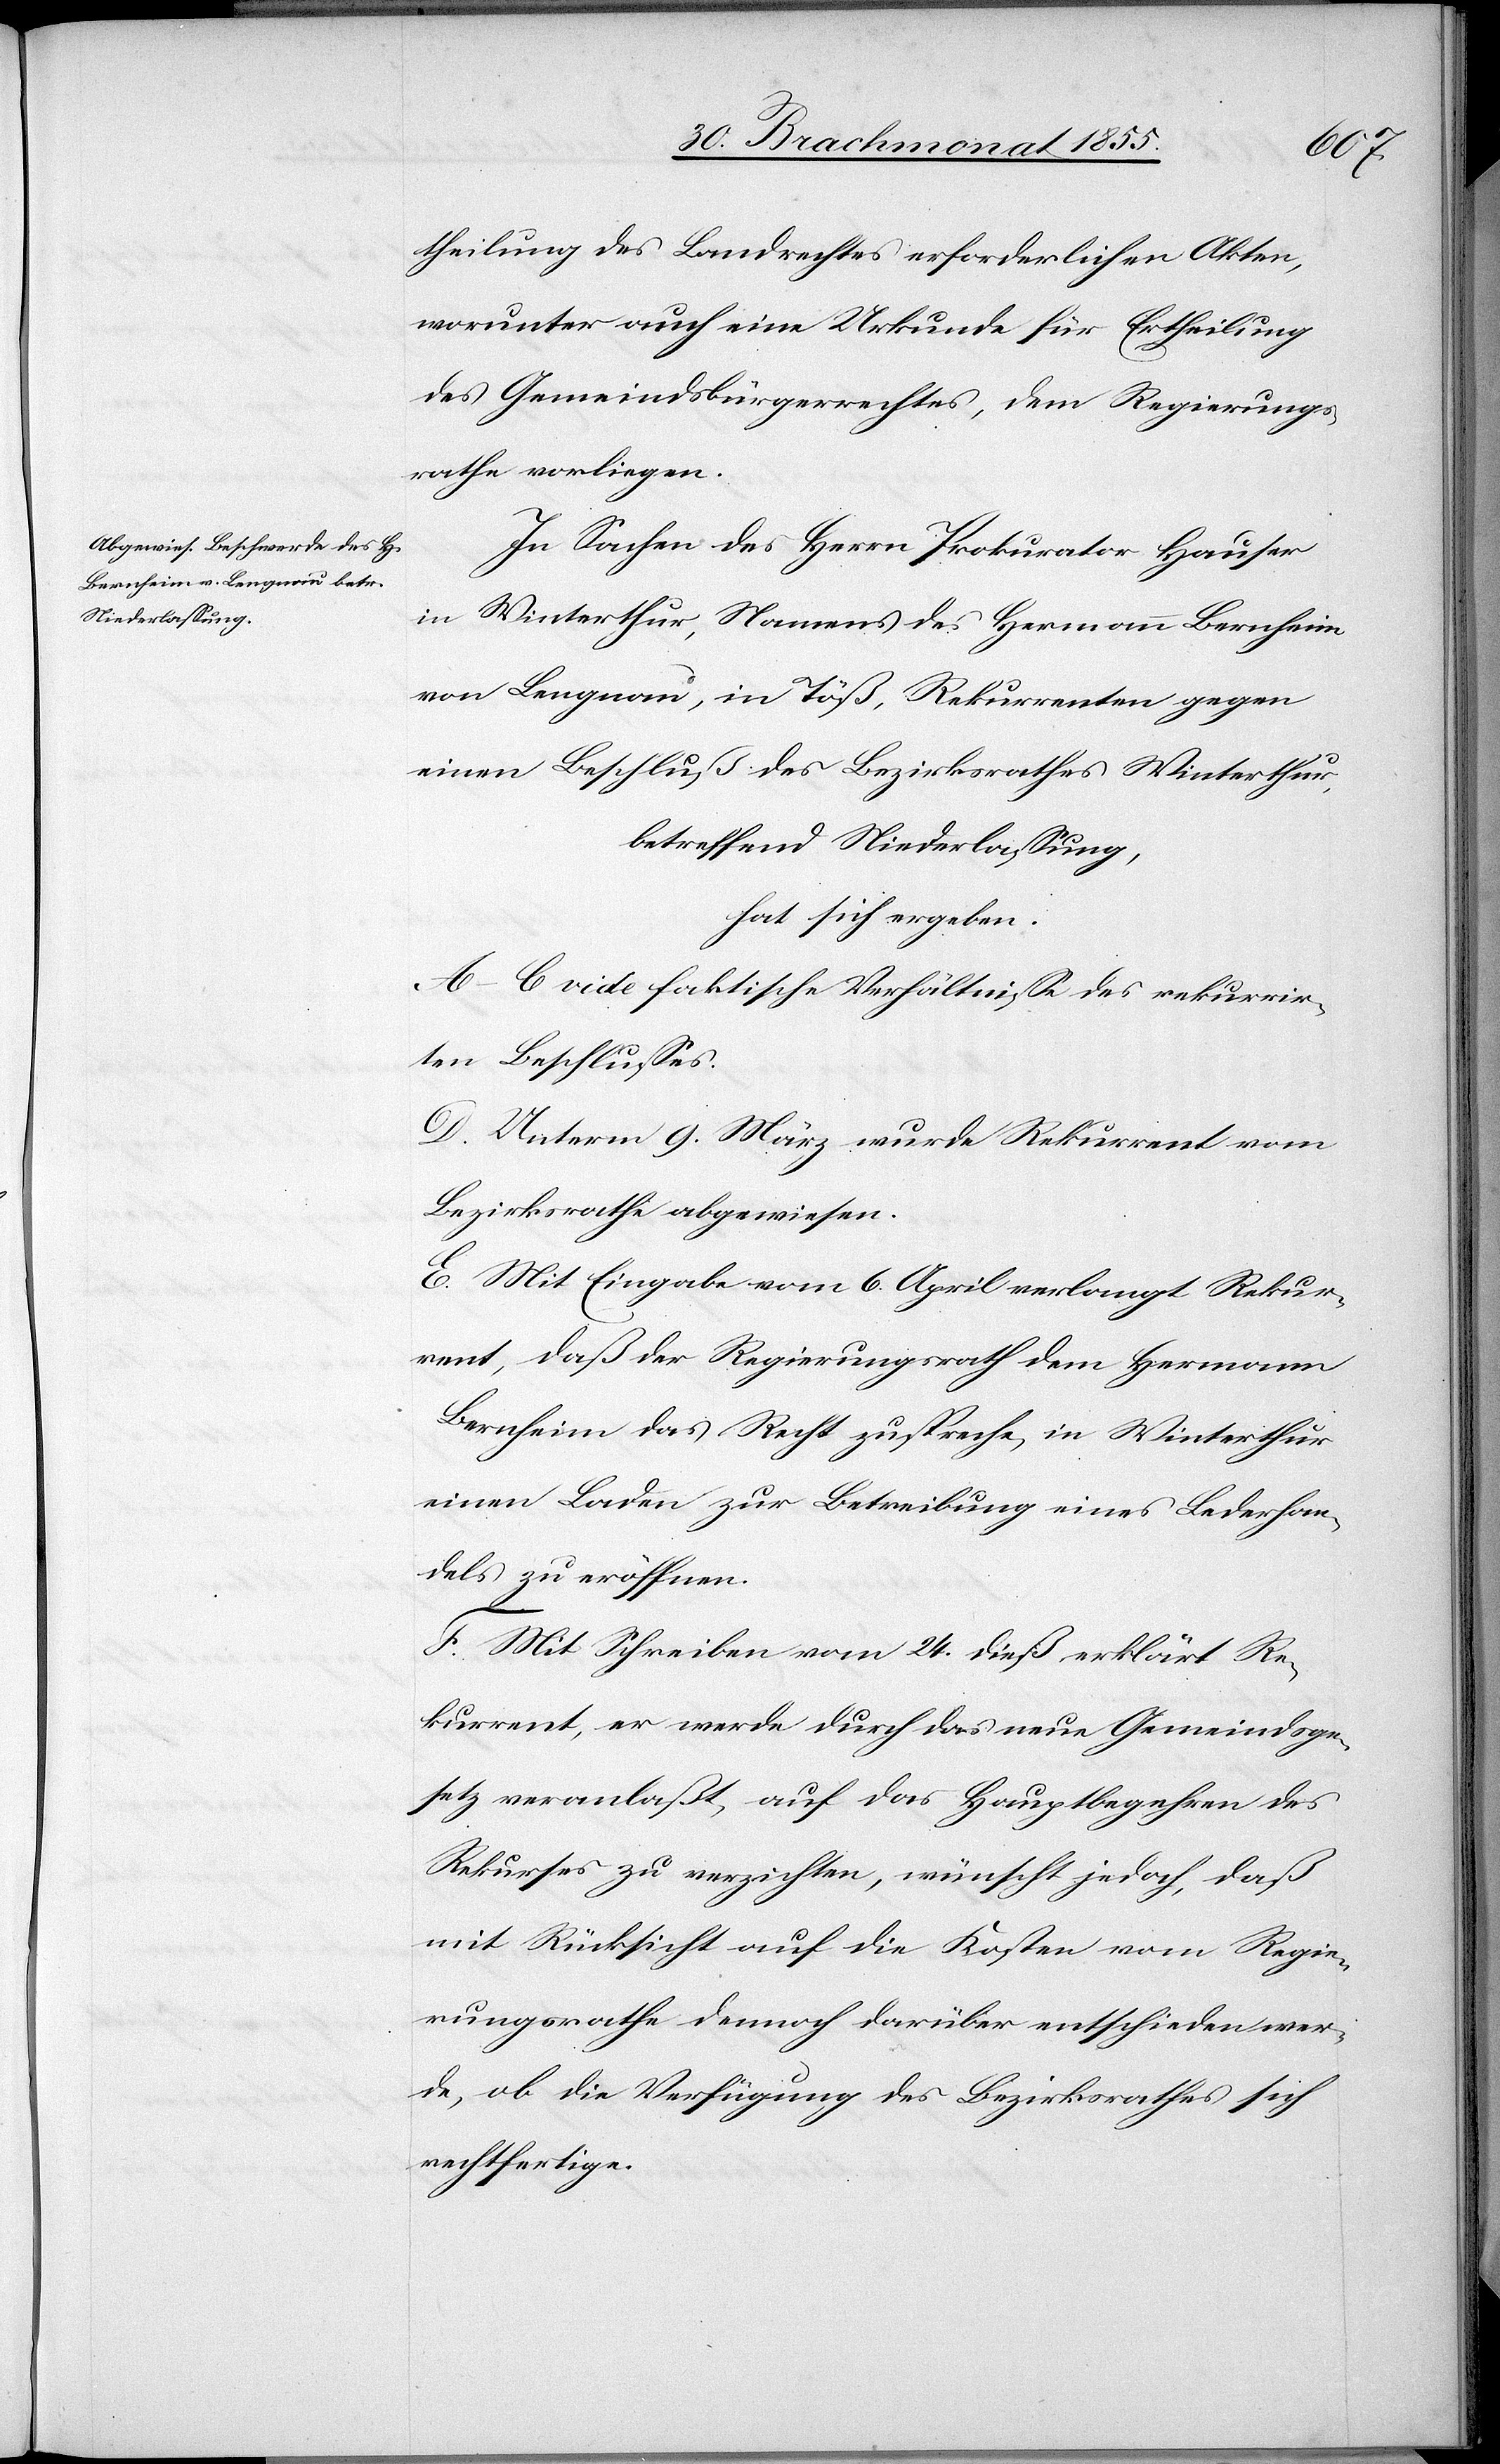
theilung des Landrechtes erforderlichen Akten,
worunter auch eine Urkunde für Ertheilung
des Gemeindsbürgerrechtes, dem Regierungs¬
rathe vorliegen.
In Sachen des Herrn Prokurator Hauser
in Winterthur, Namens des Hermann Bernheim
von Lengnau, in Töß, Rekurrenten gegen
einen Beschluß des Bezirksrathes Winterthur,
betreffend Niederlassung,
hat sich ergeben:
A–C vide faktische Verhältnisse des rekurrir¬
ten Beschlusses.
D. Unterm 9. März wurde Rekurrent vom
Bezirksrathe abgewiesen.
E. Mit Eingabe vom 6. April verlangt Rekur¬
rent, daß der Regierungsrath dem Hermann
Bernheim das Recht zuspreche, in Winterthur
einen Laden zur Betreibung eines Lederhan¬
dels zu eröffnen.
F. Mit Schreiben vom 24. dieß erklärt Re¬
kurrent, er werde durch das neue Gemeindsge¬
setz veranlaßt, auf das Hauptbegehren des
Rekurses zu verzichten, wünscht jedoch, daß
mit Rücksicht auf die Kosten vom Regie¬
rungsrathe dennoch darüber entschieden wer¬
de, ob die Verfügung des Bezirksrathes sich
rechtfertige.